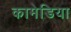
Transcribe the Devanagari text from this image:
कामेडिया